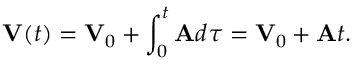
\mathbf { V } ( t ) = \mathbf { V } _ { 0 } + \int _ { 0 } ^ { t } \mathbf { A } d \tau = \mathbf { V } _ { 0 } + \mathbf { A } t .